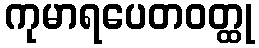
ကုမာရပေတဝတ္ထု